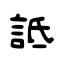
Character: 詆